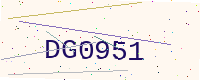
Text: DG0951